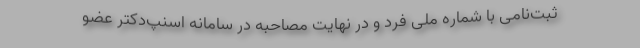
ثبت‌نامی با شماره ملی فرد و در نهایت مصاحبه در سامانه اسنپ‌دکتر عضو